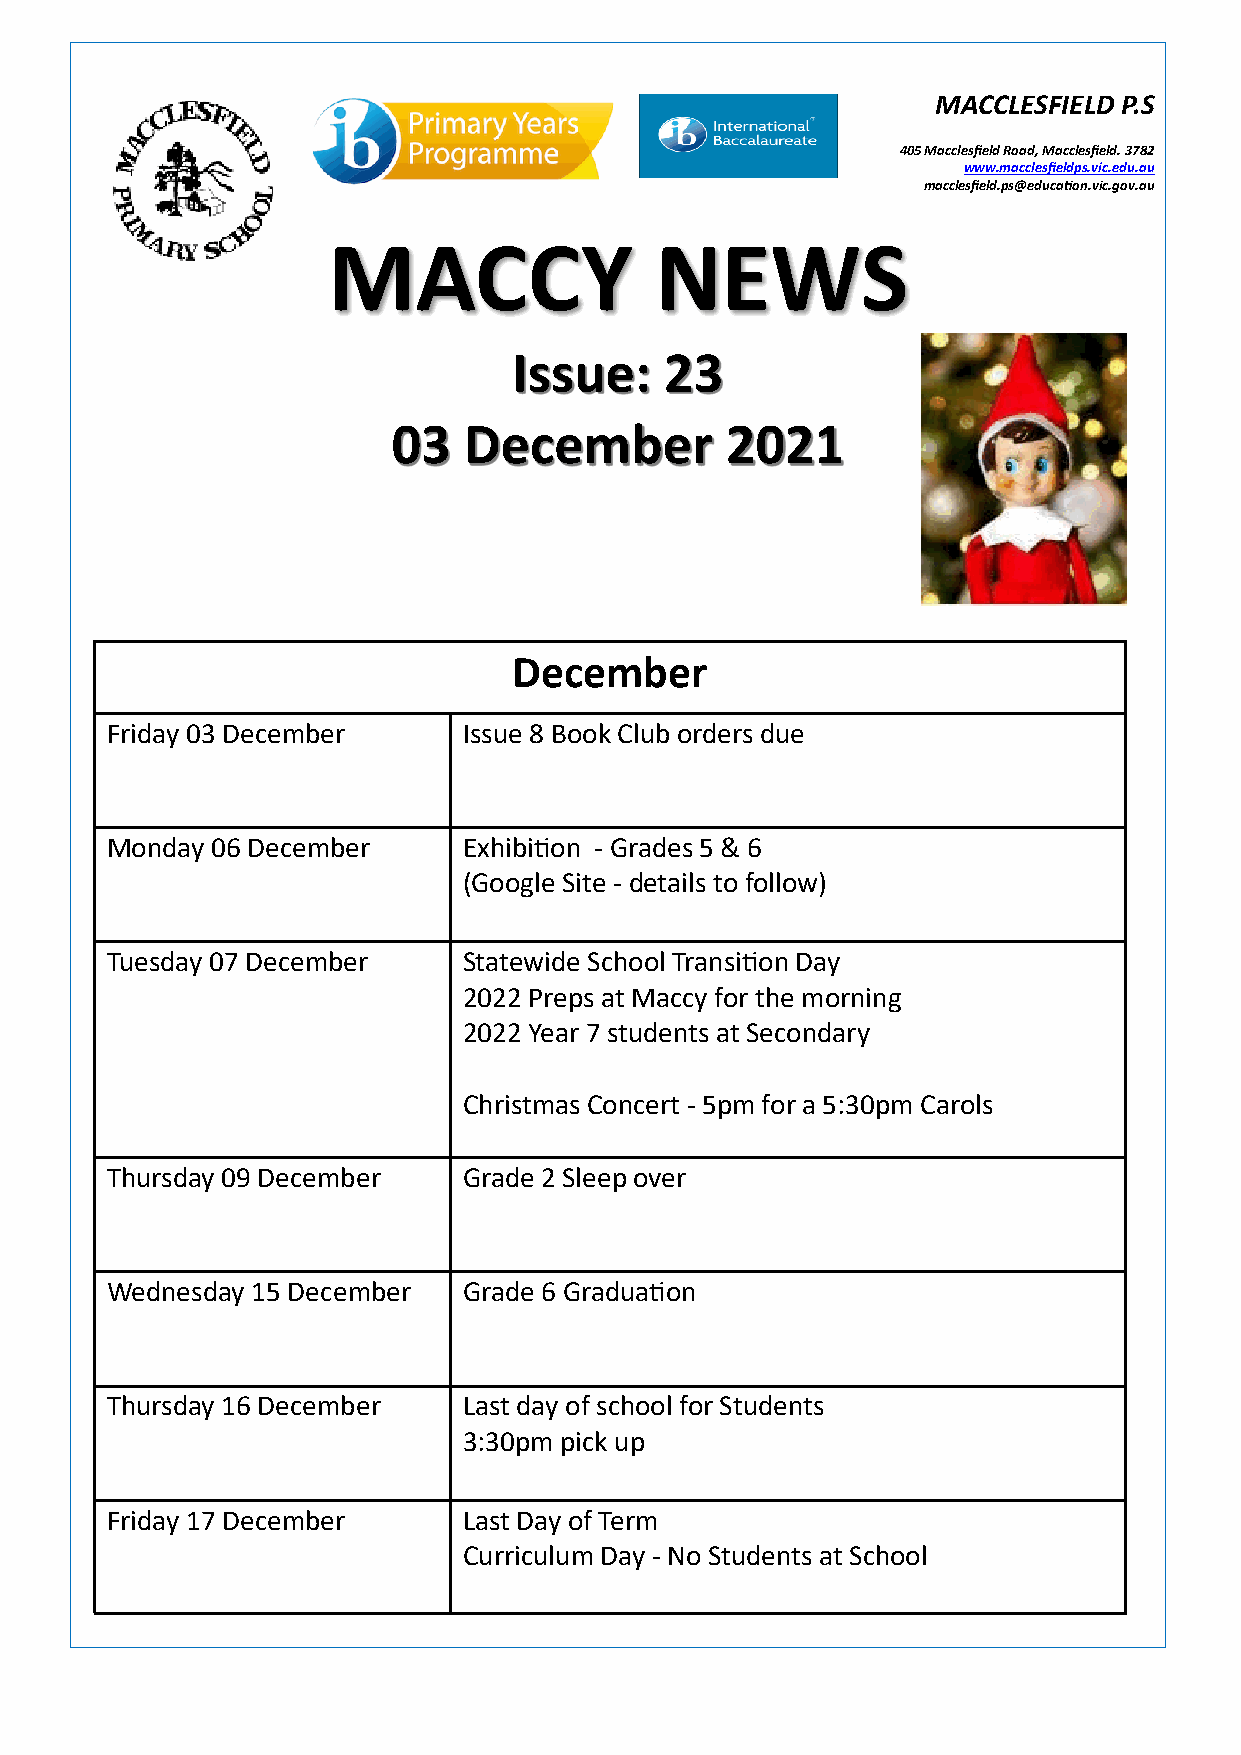
MACCLESFIELD P.S
 405 Macclesfield Road, Macclesfield. 3782
 www.macclesfieldps.vic.edu.au
 macclesfield.ps@education.vic.gov.au
 MACCY                NEWS
 Issue:    23
 03   December         2021
 December
 Friday 03 December      Issue 8 Book Club orders due
 Monday 06 December      Exhibition - Grades 5 & 6
 (Google Site - details to follow)
 Tuesday 07 December     Statewide School Transition Day
 2022 Preps at Maccy for the morning
 2022 Year 7 students at Secondary
 Christmas Concert - 5pm for a 5:30pm Carols
 Thursday 09 December    Grade 2 Sleep over
 Wednesday 15 December   Grade 6 Graduation
 Thursday 16 December    Last day of school for Students
 3:30pm pick up
 Friday 17 December      Last Day of Term
 Curriculum Day - No Students at School